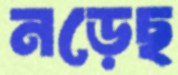
নড়েছ